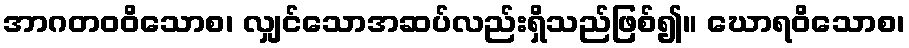
အာဂတဝဝိသောစ၊ လျှင်သောအဆပ်လည်းရှိသည်ဖြစ်၍။ ဃောရဝိသောစ၊